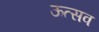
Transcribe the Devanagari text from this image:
ऊत्सव